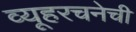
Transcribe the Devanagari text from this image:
व्यूहरचनेची